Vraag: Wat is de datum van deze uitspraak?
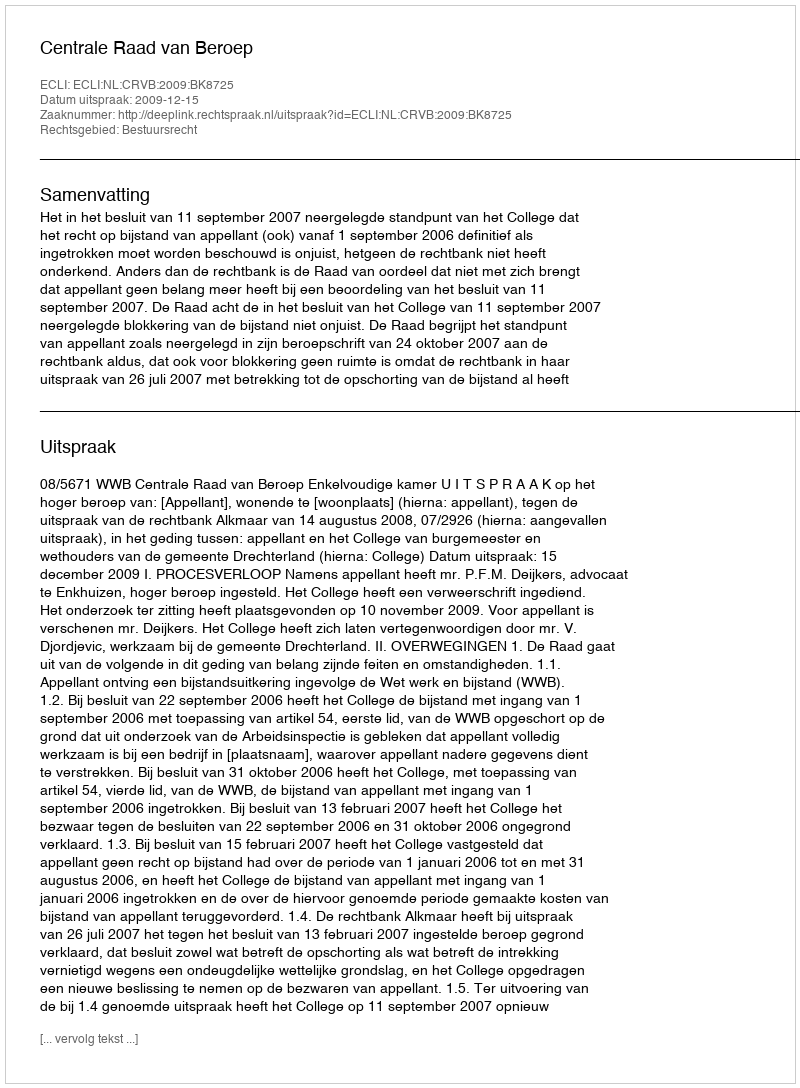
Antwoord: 2009-12-15